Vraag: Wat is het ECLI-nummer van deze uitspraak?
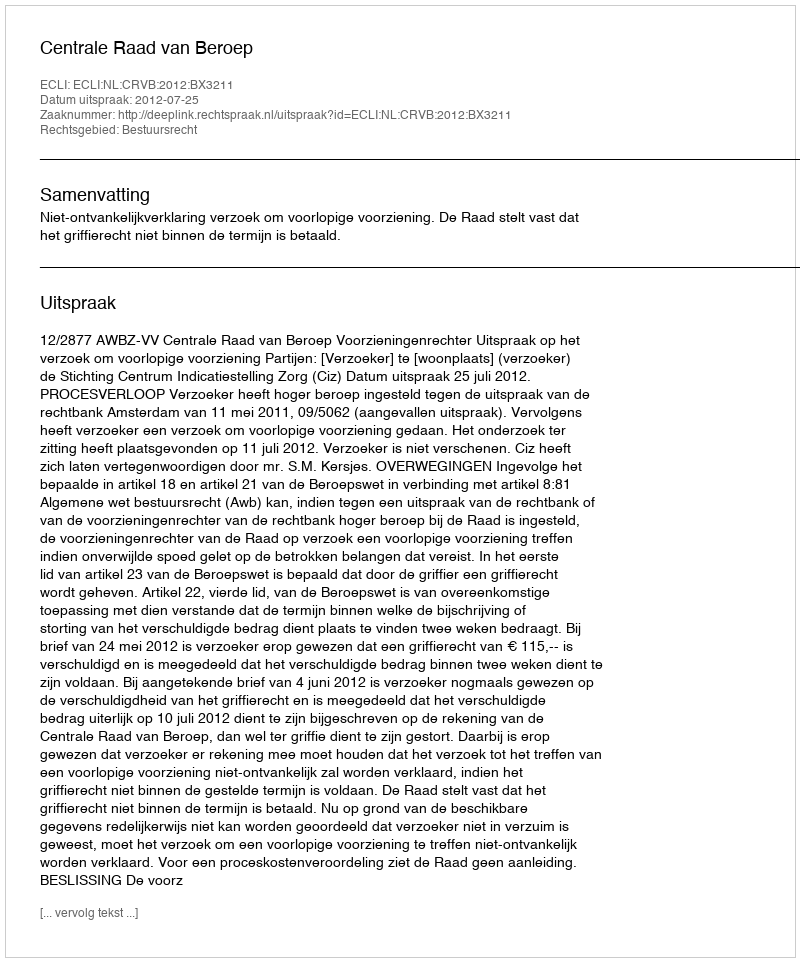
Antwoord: ECLI:NL:CRVB:2012:BX3211